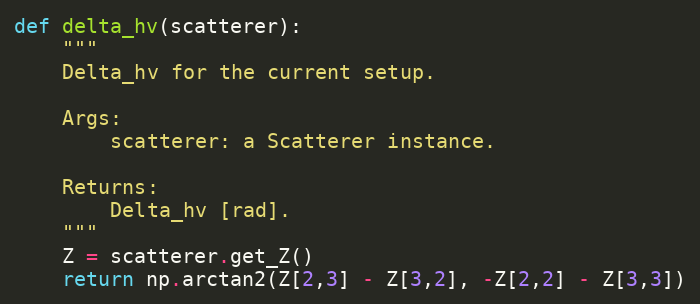
Language: Python
def delta_hv(scatterer):
    """
    Delta_hv for the current setup.

    Args:
        scatterer: a Scatterer instance.

    Returns:
        Delta_hv [rad].
    """
    Z = scatterer.get_Z()
    return np.arctan2(Z[2,3] - Z[3,2], -Z[2,2] - Z[3,3])